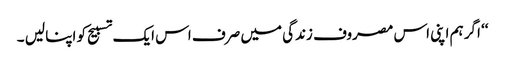
‘‘ اگر ہم اپنی اس مصروف زندگی میں صرف اس ایک تسبیح کو اپنا لیں ۔